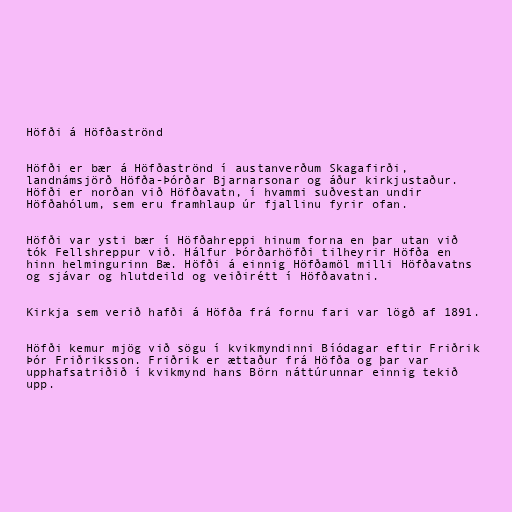
Höfði á Höfðaströnd

Höfði er bær á Höfðaströnd í austanverðum Skagafirði,
landnámsjörð Höfða-Þórðar Bjarnarsonar og áður kirkjustaður.
Höfði er norðan við Höfðavatn, í hvammi suðvestan undir
Höfðahólum, sem eru framhlaup úr fjallinu fyrir ofan.

Höfði var ysti bær í Höfðahreppi hinum forna en þar utan við
tók Fellshreppur við. Hálfur Þórðarhöfði tilheyrir Höfða en
hinn helmingurinn Bæ. Höfði á einnig Höfðamöl milli Höfðavatns
og sjávar og hlutdeild og veiðirétt í Höfðavatni.

Kirkja sem verið hafði á Höfða frá fornu fari var lögð af 1891.

Höfði kemur mjög við sögu í kvikmyndinni Bíódagar eftir Friðrik
Þór Friðriksson. Friðrik er ættaður frá Höfða og þar var
upphafsatriðið í kvikmynd hans Börn náttúrunnar einnig tekið
upp.